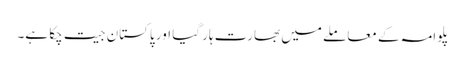
پلوامہ کے معاملے میں بھارت ہار گیا اور پاکستان جیت چکا ہے۔